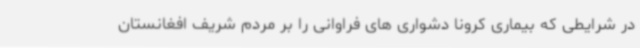
در شرایطی که بیماری کرونا دشواری های فراوانی را بر مردم شریف افغانستان